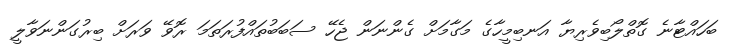
ބަހައްޓާނެ ގޮތްލޯބިވެރިޔާ އަނބިމީހާގެ މަގާމަށް ގެންނަން ޖެހޭ ސަބަބުތައްފުރަތަމަ ރޮވޭ ވަރަށް ބިރުގަންނަވާލީ